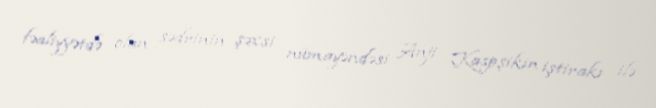
fəaliyyətdə olan sədrinin şəxsi nümayəndəsi Anji Kaspşikin iştirakı ilə